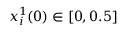
x _ { i } ^ { 1 } ( 0 ) \in [ 0 , 0 . 5 ]